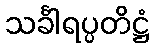
သင်္ခါရပ္ပတိဋ္ဌံ